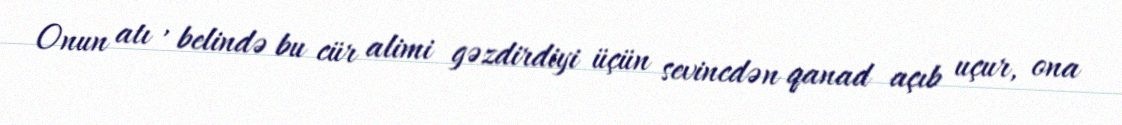
Onun atı , belində bu cür alimi gəzdirdiyi üçün sevincdən qanad açıb uçur, ona